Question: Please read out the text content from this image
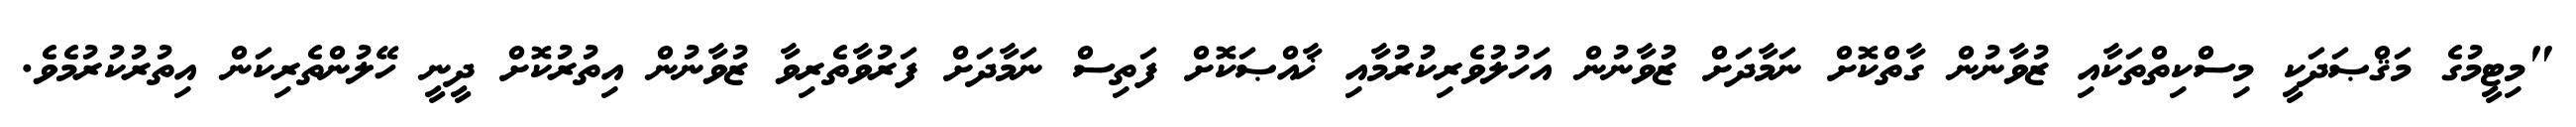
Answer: "މިޓީމުގެ މަޤްޞަދަކީ މިސްކިތްތަކާއި ޒުވާނުން ގާތްކޮށް ނަމާދަށް ޒުވާނުން އަހުލުވެރިކުރުމާއި ޚާއްޞަކޮށް ފަތިސް ނަމާދަށް ފަރުވާތެރިވާ ޒުވާނުން އިތުރުކޮށް ދީނީ ހޭލުންތެރިކަން އިތުރުކުރުމެވެ.